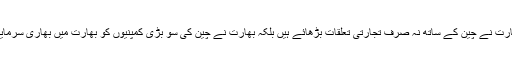
لیکن اس سب کے باوجود بھارت نے چین کے ساتھ نہ صرف تجارتی تعلقات بڑھائے ہیں بلکہ بھارت نے چین کی سو بڑی کمپنیوں کو بھارت میں بھاری سرمایہ کاری کا موقع بھی دیا ہے۔